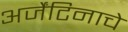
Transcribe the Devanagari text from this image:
अर्जेंटिनाचे